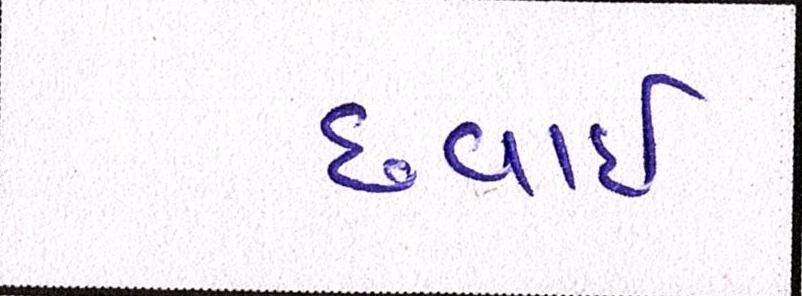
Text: છવાઇ